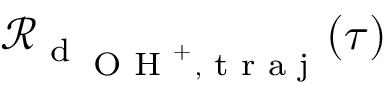
\mathcal { R } _ { \textrm { d } _ { \textrm { \scriptsize O H } ^ { + } , \textrm { \scriptsize t r a j } } } ( \tau )